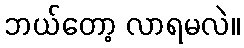
ဘယ်တော့ လာရမလဲ။